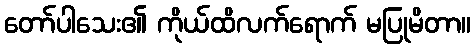
တော်ပါသေး၏ ကိုယ်ထိလက်ရောက် မပြုမိတာ။